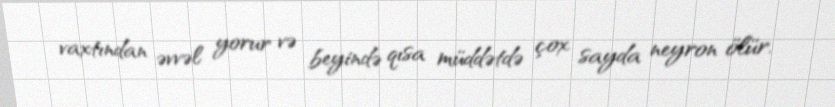
vaxtından əvvəl yorur və beyində qısa müddətdə çox sayda neyron ölür.